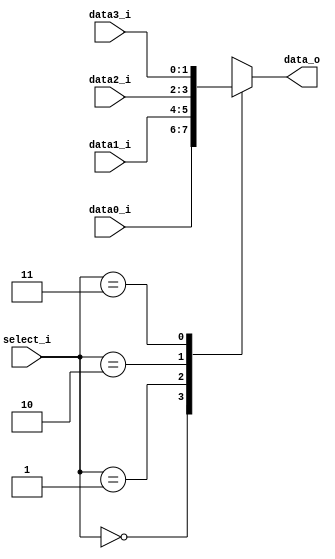
//Subject:     CO project 2 - MUX 221
//109550134
//--------------------------------------------------------------------------------
//Version:     1
//--------------------------------------------------------------------------------
//Writer:      Luke
//----------------------------------------------
//----------------------------------------------
//Description: 
//--------------------------------------------------------------------------------
     
module MUX_4to1(
               data0_i,
               data1_i,
               data2_i,
			   data3_i,
               select_i,
               data_o
               );

parameter size = 0;			   
			
//I/O ports               
input   [size-1:0] data0_i;          
input   [size-1:0] data1_i;
input   [size-1:0] data2_i;
input   [size-1:0] data3_i;
input   [2-1:0]  select_i;
output  [size-1:0] data_o; 

//Internal Signals
reg     [size-1:0] data_o;
//Main function
always@(*)begin
    case(select_i)
        0: data_o <= data0_i;
        1: data_o <= data1_i;
        2: data_o <= data2_i;
		3: data_o <= data3_i;
    endcase
end
endmodule